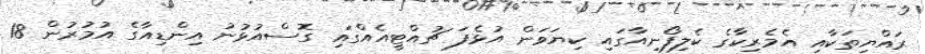
ރައްޔިތަކާއި އެމެރިކާގެ ކެލިފޯނިއާގައި ކިޔަވަން އުޅެފަ ޗުއްޓީއެއްގައި ގޮސްއުޅުނު އިންޑިއާގެ އުމުރުން 18